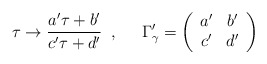
\begin{align*}\tau \rightarrow \frac{a'\tau +b'}{c'\tau +d'} \;\; , \;\;\;\;\; \Gamma_{\gamma}' =\left( \begin{array}{cc} a' & b' \\ c' & d' \end{array} \right)\end{align*}